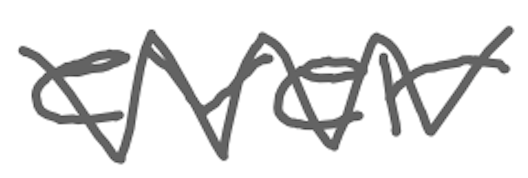
Text: ever
Cross-out: zig-zag
Writing tool: digital_gray